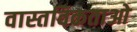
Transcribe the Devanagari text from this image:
वास्तविकताओ